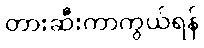
တားဆီးကာကွယ်ရန်